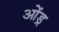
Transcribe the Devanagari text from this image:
ओंड्र